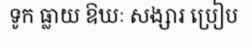
ទូក ធ្លាយ ឱឃៈ សង្សារ ប្រៀប